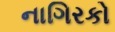
નાગિરકો